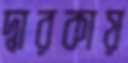
দ্বারকায়